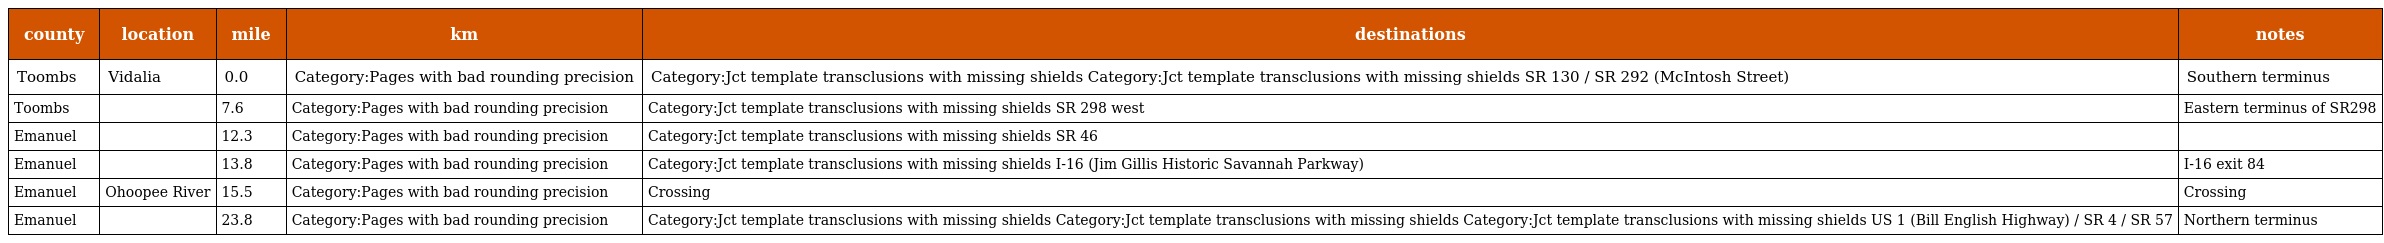
| county | location | mile | km | destinations | notes |
 | --- | --- | --- | --- | --- | --- |
 | Toombs | Vidalia | 0.0 | Category:Pages with bad rounding precision | Category:Jct template transclusions with missing shields Category:Jct template transclusions with missing shields SR 130 / SR 292 (McIntosh Street) | Southern terminus |
 | Toombs |  | 7.6 | Category:Pages with bad rounding precision | Category:Jct template transclusions with missing shields SR 298 west | Eastern terminus of SR298 |
 | Emanuel |  | 12.3 | Category:Pages with bad rounding precision | Category:Jct template transclusions with missing shields SR 46 |  |
 | Emanuel |  | 13.8 | Category:Pages with bad rounding precision | Category:Jct template transclusions with missing shields I-16 (Jim Gillis Historic Savannah Parkway) | I-16 exit 84 |
 | Emanuel | Ohoopee River | 15.5 | Category:Pages with bad rounding precision | Crossing | Crossing |
 | Emanuel |  | 23.8 | Category:Pages with bad rounding precision | Category:Jct template transclusions with missing shields Category:Jct template transclusions with missing shields Category:Jct template transclusions with missing shields US 1 (Bill English Highway) / SR 4 / SR 57 | Northern terminus |